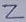
Text: 2